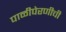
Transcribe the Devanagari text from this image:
पाळीपेरणीची